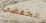
انخفضي